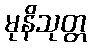
မုနိသုတ္တ